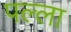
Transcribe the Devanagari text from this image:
पल्‍ला